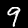
Digit: 9